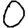
Digit: 0